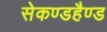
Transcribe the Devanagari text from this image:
सेकण्डहैण्ड